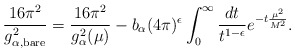
\begin{align*}\frac{16\pi^2}{g_{\alpha,{\scriptstyle\rm bare}}^2} =\frac{16\pi^2}{g_{\alpha}^2(\mu)} -b_\alpha(4\pi)^\epsilon\int_0^\infty\frac{dt}{t^{1-\epsilon}}e^{-t\frac{\mu^2}{M^2}}.\end{align*}